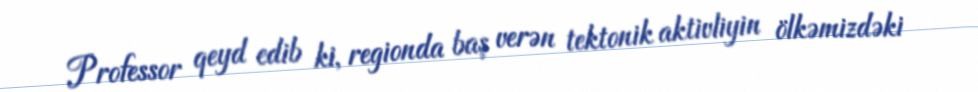
Professor qeyd edib ki, regionda baş verən tektonik aktivliyin ölkəmizdəki